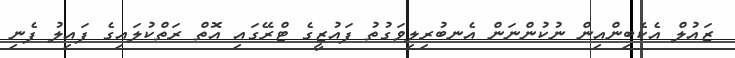
ޒައުލް އެކެބިންއިން ނުކުންނަން އެނބުރިލިވަގުތު ފައުޒީގެ ޓްރޭގައި އޮތް ރަތްކުލައިގެ ފައިލު ފެނި